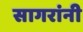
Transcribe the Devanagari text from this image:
सागरांनी